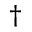
\dagger